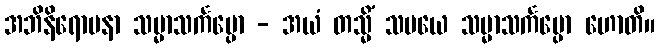
အဘိနိရောပနာ သမ္မာသင်္ကပ္ပော - အယံ တသ္မိံ သမယေ သမ္မာသင်္ကပ္ပော ဟောတိ။